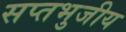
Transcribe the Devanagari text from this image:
सप्तभुजीय